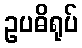
ဥပဓိရုပ်